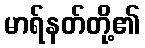
မာရ်နတ်တို့၏